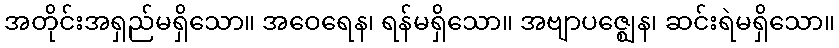
အတိုင်းအရှည်မရှိသော။ အဝေရေန၊ ရန်မရှိသော။ အဗျာပဇ္ဈေန၊ ဆင်းရဲမရှိသော။